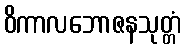
ဝိကာလဘောဇနသုတ္တံ